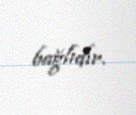
bağlıdır.